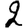
Digit: 2